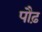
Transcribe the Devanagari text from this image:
पौढ़